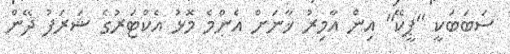
ސަބަބަކީ "ޕީކޭ" އިން އާމިރު ޚާނަށް އެންމެ މޮޅު އެކްޓަރުގެ ޝަރަފު ދޭން